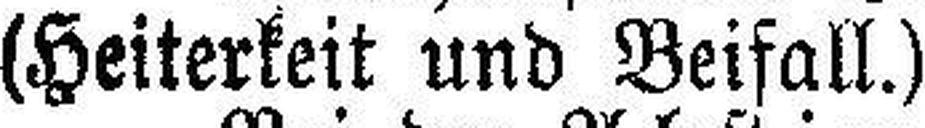
(Heiterkeit und Beifall.)